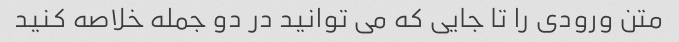
متن ورودی را تا جایی که می توانید در دو جمله خلاصه کنید